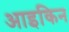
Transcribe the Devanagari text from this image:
आइकिन